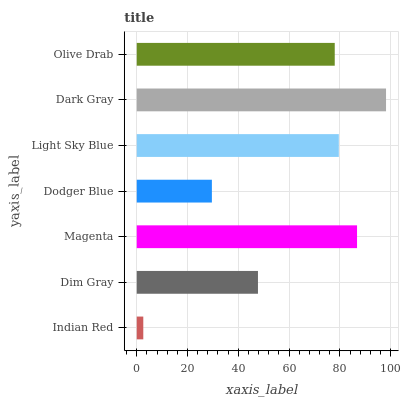
| yaxis_label | bars |
 | --- | --- |
 | Indian Red | 2.58 |
 | Dim Gray | 47.7 |
 | Magenta | 86.8 |
 | Dodger Blue | 29.6 |
 | Light Sky Blue | 79.6 |
 | Dark Gray | 98.2 |
 | Olive Drab | 78 |